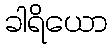
ခါရိယော